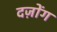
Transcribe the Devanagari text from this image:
दज़ोंग